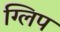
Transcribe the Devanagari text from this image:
ग्लिप